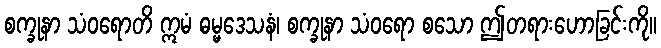
စက္ခုနာ သံဝရောတိ ဣမံ ဓမ္မဒေသနံ၊ စက္ခုနာ သံဝရော စသော ဤတရားဟောခြင်းကို။